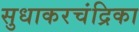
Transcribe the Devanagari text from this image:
सुधाकरचंद्रिका